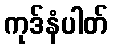
ကုဒ်နံပါတ်